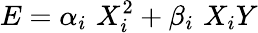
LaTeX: E=\alpha_{i}\, \, X_{i}^{2}+\beta_{i}\, \, X_{i}Y